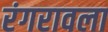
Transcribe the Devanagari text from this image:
रंगरावला